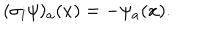
LaTeX: ( \sigma _ { i } \psi ) _ { a } ( x ) = - \psi _ { a } ( x ) .